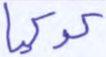
كوكبا